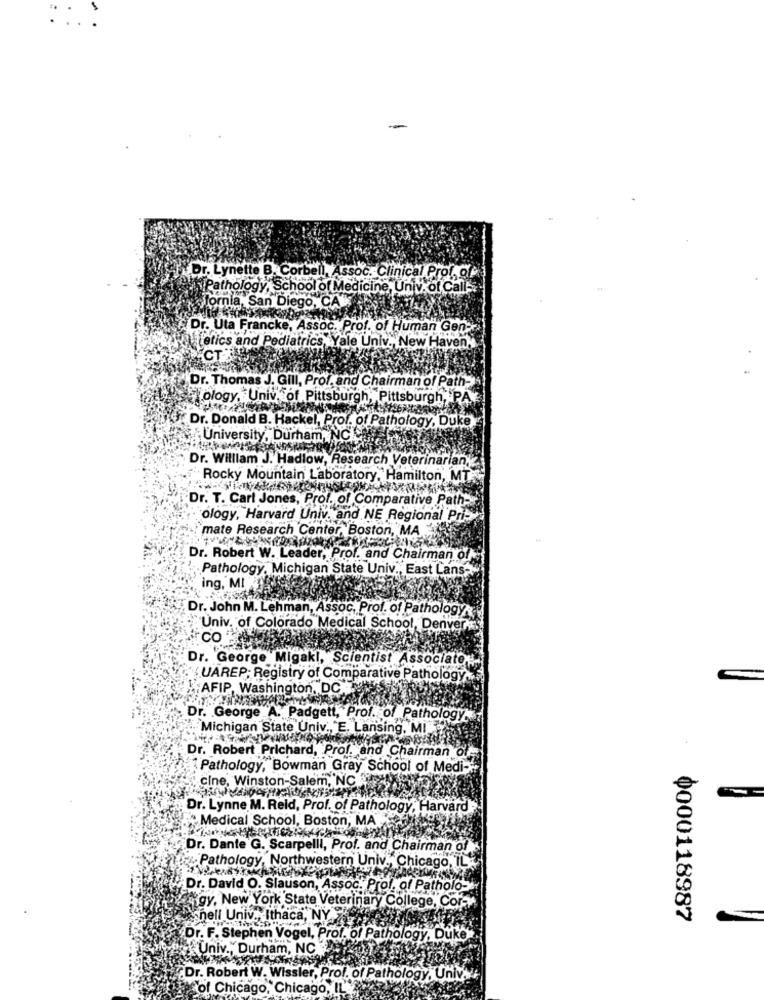
Dr. Lynette B. Corbell, Assoc. Clinical Prof, of
Pathology, School of Medicine, Univ. of Call-
stornia, San Diego, CA
Dr. Uta Francke, Assoc. Prof. of Human Gen ::
Letics and Pediatrics, Yale Univ ., New Haven"
CTT
Dr. Thomas J. Gill, Prof, and Chairman of Path-
Tology. Univ. of Pittsburgh, Pittsburgh, PA
Dr. Donald B. Hackel, Prof. of Pathology, Duke
University, Durham, NCIS
Dr. William J. Hadlow, Research Veterinarian,
Rocky Mountain Laboratory, Hamilton, MT.
Dr. T. Carl Jones, Prof. of Comparative Path-
ology, Harvard Univ. and NE Regional Pri-
mate Research Center, Boston, MA
Dr. Robert W. Leader, Prof. and Chairman of
Pathology, Michigan State Univ ., East Lans-
ing, MI
Dr. John M. Lehman, Assoc, Prof. of Pathology
Univ. of Colorado Medical School, Denver ...
co
Dr. George Migakl, Scientist Associato
UAREP; Registry of Comparative Pathology.
:AFIP, Washington, DC
Dr. George A. Padgett, Prof. of Pathology.
Michigan State Univ ., E. Lansing, MI
Dr. Robert Prichard, Prof. and Chairman of
1Pathology, Bowman Gray School of Medi-
cine, Winston-Salem, NC
Dr. Lynne M. Reid, Prof. of Pathology, Harvard
Medical School, Boston, MA
Dr. Dante G. Scarpelll, Prof. and Chairman of
Pathology, Northwestern Univ ., Chicago,
Dr. David O. Slausc
,Assoc. Prof, of P
gy, New York State Veterinary College, Cor-
shell Univ ., Ithaca, NY Ji
0000118987
Dr. F. Stephen Vogel, Prof. of Pathology, Duke
Univ ., Durham, NC
Dr. Robert W. Wissler, Prof. of Pathology, Univ ..
ps of Chicago, Chicago, Il